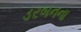
ડરબનના